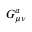
G _ { \mu \nu } ^ { a }